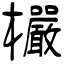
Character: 欕